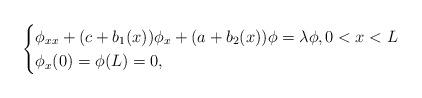
LaTeX: \begin{align*}\begin{cases}\phi_{xx}+(c + b_1(x))\phi_x +(a+ b_2(x))\phi =\lambda \phi,0<x<L\cr\phi_x(0)=\phi(L)=0,\end{cases}\end{align*}